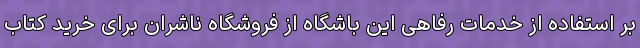
بر استفاده از خدمات رفاهی این باشگاه از فروشگاه ناشران برای خرید کتاب